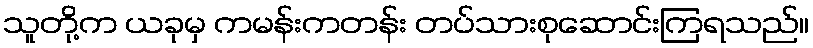
သူတို့က ယခုမှ ကမန်းကတန်း တပ်သားစုဆောင်းကြရသည်။